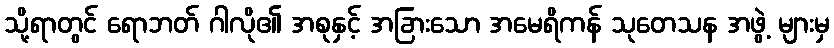
သို့ရာတွင် ရောဘတ် ဂါလို၏ အစုနှင့် အခြားသော အမေရိကန် သုတေသန အဖွဲ့ များမှ